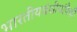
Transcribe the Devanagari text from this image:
भारतीयवंशीयांपैकी